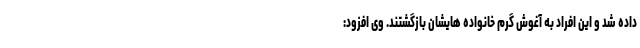
داده شد و این افراد به آغوش گرم خانواده هایشان بازگشتند. وی افزود: